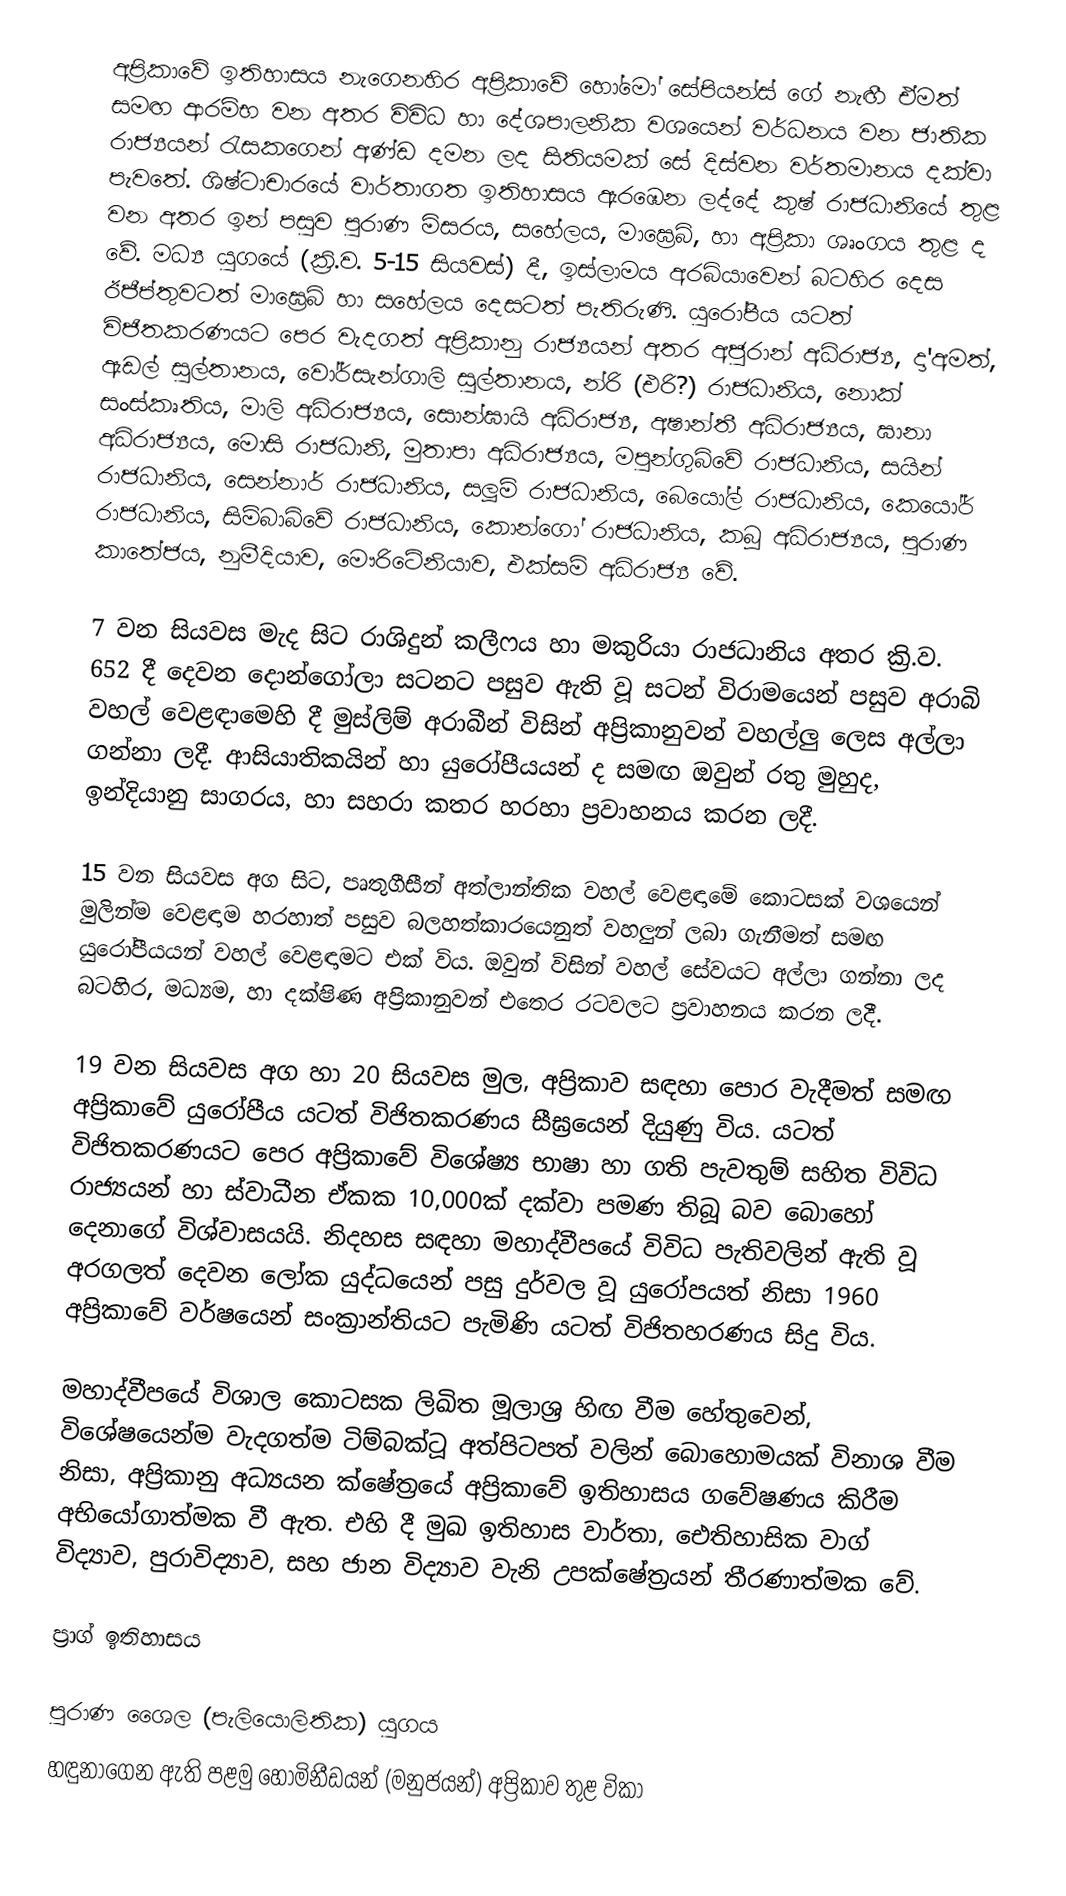
අප්‍රිකාවේ ඉතිහාසය නැගෙනහිර අප්‍රිකාවේ හෝමෝ සේපියන්ස් ගේ නැඟී ඒමත් සමඟ ආරම්භ වන අතර විවිධ හා දේශපාලනික වශයෙන් වර්ධනය වන ජාතික රාජ්‍යයන් රැසකගෙන් අණ්ඩ දමන ලද සිතියමක් සේ දිස්වන වර්තමානය දක්වා පැවතේ. ශිෂ්ටාචාරයේ  වාර්තාගත ඉතිහාසය ඇරඹෙන ලද්දේ කුෂ් රාජධානියේ තුළ වන අතර ඉන් පසුව පුරාණ මිසරය, සහේලය, මාඝ්‍රෙබ්, හා අප්‍රිකා ශෘංගය තුළ ද වේ. මධ්‍ය යුගයේ (ක්‍රි.ව. 5-15 සියවස්) දී, ඉස්ලාමය අරබියාවෙන් බටහිර දෙස ඊජීප්තුවටත් මාඝ්‍රෙබ් හා සහේලය දෙසටත් පැතිරුණි. යුරෝපීය යටත් විජිතකරණයට පෙර වැදගත් අප්‍රිකානු රාජ්‍යයන් අතර අජුරාන් අධිරාජ්‍ය, දා'අමත්, ඇඩල් සුල්තානය, වෝර්සැන්ගාලි සුල්තානය, න්රි (එරි?) රාජධානිය, නොක් සංස්කෘතිය, මාලි අධිරාජ්‍යය, සොන්ඝායි අධිරාජ්‍ය, අෂාන්තී අධිරාජ්‍යය, ඝානා අධිරාජ්‍යය, මොසි රාජධානි, මුතාපා අධිරාජ්‍යය, මපුන්ගුබ්වේ රාජධානිය, සයින් රාජධානිය, සෙන්නාර් රාජධානිය, සලූම් රාජධානිය, බෙයෝල් රාජධානිය, කෙයෝර් රාජධානිය, සිම්බාබ්වේ රාජධානිය, කොන්ගෝ රාජධානිය, කබූ අධිරාජ්‍යය, පුරාණ කාතේජය, නුමීදියාව, මෞරිටේනියාව, එක්සම් අධිරාජ්‍ය වේ.

7 වන සියවස මැද සිට රාශිදුන් කලීෆය හා මකුරියා රාජධානිය අතර ක්‍රි.ව. 652 දී දෙවන දොන්ගෝලා සටනට පසුව ඇති වූ සටන් විරාමයෙන් පසුව අරාබි වහල් වෙළඳාමෙහි දී මුස්ලිම් අරාබීන් විසින් අප්‍රිකානුවන් වහල්ලු ලෙස අල්ලා ගන්නා ලදී. ආසියාතිකයින් හා යුරෝපීයයන් ද සමඟ ඔවුන් රතු මුහුද, ඉන්දියානු සාගරය, හා සහරා කතර හරහා ප්‍රවාහනය කරන ලදී.

15 වන සියවස අග සිට, පෘතුගීසීන් අත්ලාන්තික වහල් වෙළඳාමේ කොටසක් වශයෙන් මුලින්ම වෙළඳාම හරහාත් පසුව බලහත්කාරයෙනුත් වහලුන් ලබා ගැනීමත් සමඟ යුරෝපීයයන් වහල් වෙළඳාමට එක් විය. ඔවුන් විසින් වහල් සේවයට අල්ලා ගන්නා ලද බටහිර, මධ්‍යම, හා දක්ෂිණ අප්‍රිකානුවන් එතෙර රටවලට ප්‍රවාහනය කරන ලදී.

19 වන සියවස අග හා 20 සියවස මුල, අප්‍රිකාව සඳහා පොර වැදීමත් සමඟ අප්‍රිකාවේ යුරෝපීය යටත් විජිතකරණය සීඝ්‍රයෙන් දියුණු විය. යටත් විජිතකරණයට පෙර අප්‍රිකාවේ විශේෂ්‍ය භාෂා හා ගති පැවතුම් සහිත විවිධ රාජ්‍යයන් හා ස්වාධීන ඒකක 10,000ක් දක්වා පමණ තිබූ බව බොහෝ දෙනාගේ විශ්වාසයයි. නිදහස සඳහා මහාද්වීපයේ විවිධ පැතිවලින් ඇති වූ අරගලත් දෙවන ලෝක යුද්ධයෙන් පසු දුර්වල වූ යුරෝපයත් නිසා 1960 අප්‍රිකාවේ වර්ෂයෙන් සංක්‍රාන්තියට පැමිණි යටත් විජිතහරණය සිදු විය.

මහාද්වීපයේ විශාල කොටසක ලිඛිත මූලාශ්‍ර හිඟ වීම හේතුවෙන්, විශේෂයෙන්ම වැදගත්ම ටිම්බක්ටූ අත්පිටපත් වලින් බොහොමයක් විනාශ වීම නිසා, අප්‍රිකානු අධ්‍යයන ක්ෂේත්‍රයේ අප්‍රිකාවේ ඉතිහාසය ගවේෂණය කිරීම අභියෝගාත්මක වී ඇත. එහි දී මුඛ ඉතිහාස වාර්තා, ඓතිහාසික වාග් විද්‍යාව, පුරාවිද්‍යාව, සහ ජාන විද්‍යාව වැනි උපක්ෂේත්‍රයන් තීරණාත්මක වේ.

ප්‍රාග් ඉතිහාසය

පුරාණ ශෛල (පැලියොලිතික) යුගය
හඳුනාගෙන ඇති පළමු හොමිනීඩයන් (මනුජයන්) අප්‍රිකාව තුළ විකා